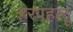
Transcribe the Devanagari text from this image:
हरपहलू